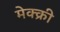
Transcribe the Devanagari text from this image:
मेक्क्री